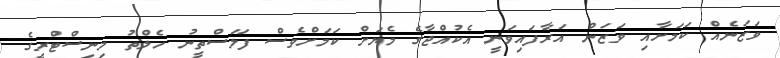
ވަޒަނެއް ކަމަށާއި ވަޒަން އަރާފައިވަނީ އެކުއްޖާގެ މެޔަށް ކަމަށްވެސް ފަލަސްތީނު ހެލްތު މިނިސްޓްރީގެ